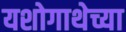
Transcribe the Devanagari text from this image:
यशोगाथेच्या